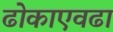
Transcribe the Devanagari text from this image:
ढोकाएवढा